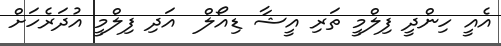
އެއީ ހިންދީ ފިލްމީ ތަރި އީޝާ ޑިއޯލް  އަދި ފިލްމީ އުދަރެހަށް